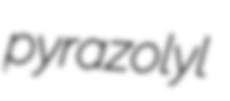
pyrazolyl